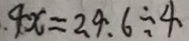
. 4 x = 2 4 . 6 \div 4